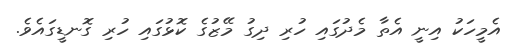
އެމީހަކު އިނީ އެތާ މެދުގައި ހުރި ދިގު މޭޒުގެ ކޮޅުގައި ހުރި ގޮނޑީގައެވެ.